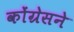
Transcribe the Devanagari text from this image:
कोंग्रेसने